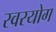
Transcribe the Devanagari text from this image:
स्वरयोग